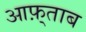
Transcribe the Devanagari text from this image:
आफ़्ताब